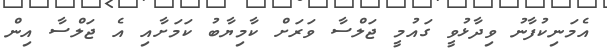
އެމަނިކުފާނު ވިދާޅުވީ ގައުމީ ޖަލްސާ ވަރަށް ކާމިޔާބު ކަމަށާއި އެ ޖަލްސާ އިން